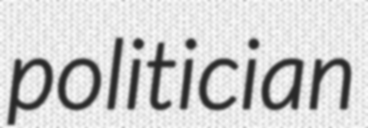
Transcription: politician